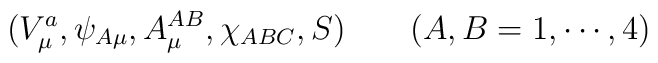
(V^a_\mu,\psi_{A\mu},A_\mu^{AB},\chi_{ABC},S) \quad\quad (A,B=1 ,\cdots,4)